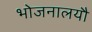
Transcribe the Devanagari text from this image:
भोजनालयौ